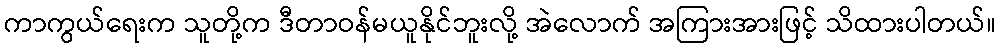
ကာကွယ်ရေးက သူတို့က ဒီတာဝန်မယူနိုင်ဘူးလို့ အဲလောက် အကြားအားဖြင့် သိထားပါတယ်။